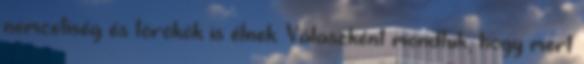
nemzetiség és törökök is élnek. Válaszként mondtuk, hogy mert